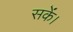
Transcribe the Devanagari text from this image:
सकेंं।